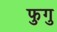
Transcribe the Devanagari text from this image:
फुगु